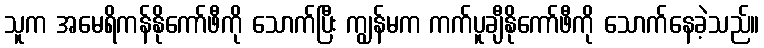
သူက အမေရိကန်နိုကော်ဖီကို သောက်ပြီး ကျွန်မက ကက်ပူချီနိုကော်ဖီကို သောက်နေခဲ့သည်။